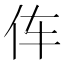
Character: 伡